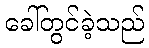
ခေါ်တွင်ခဲ့သည်